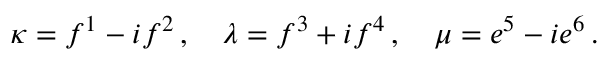
\kappa = f ^ { 1 } - i f ^ { 2 } \, , \quad \lambda = f ^ { 3 } + i f ^ { 4 } \, , \quad \mu = e ^ { 5 } - i e ^ { 6 } \, .